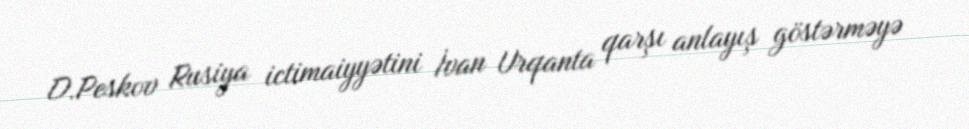
D.Peskov Rusiya ictimaiyyətini İvan Urqanta qarşı anlayış göstərməyə